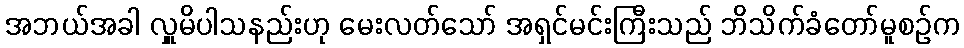
အဘယ်အခါ လှူမိပါသနည်းဟု မေးလတ်သော် အရှင်မင်းကြီးသည် ဘိသိက်ခံတော်မူစဉ်က